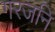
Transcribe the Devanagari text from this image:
गरजनि